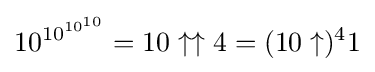
10^{10^{10^{10}}}=10\uparrow \uparrow 4=(10\uparrow )^{4}1